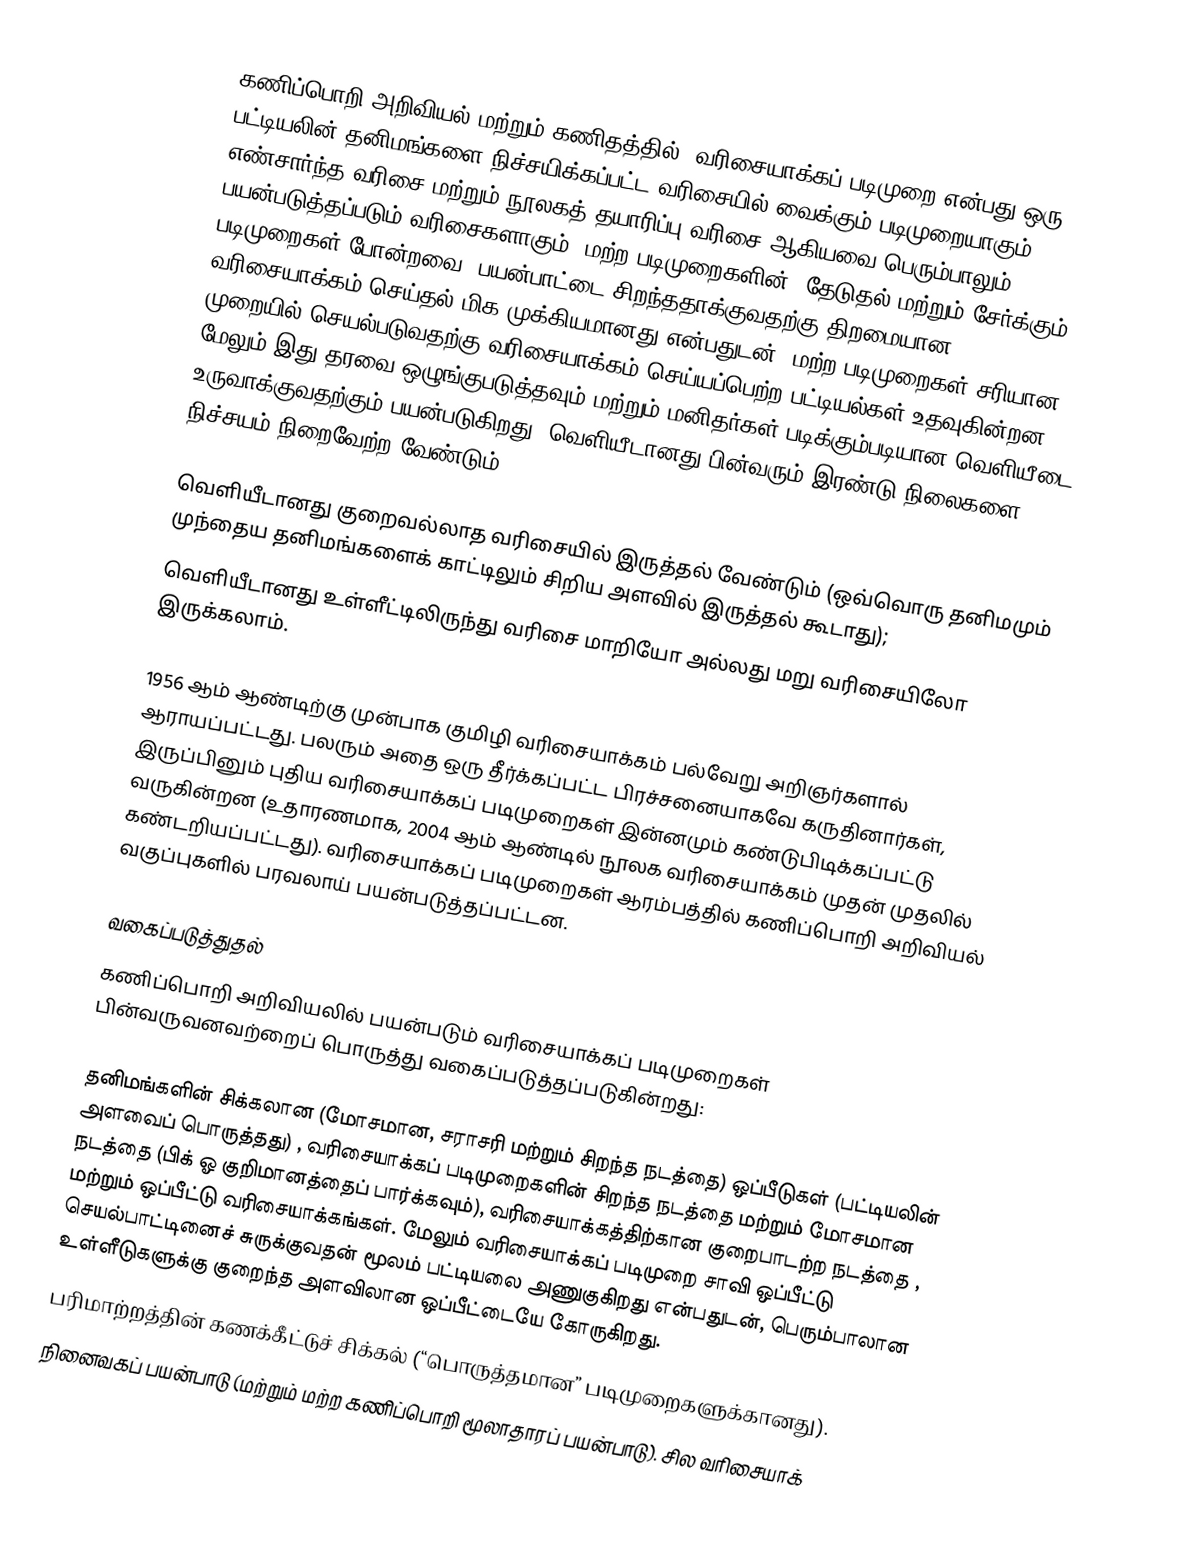
கணிப்பொறி அறிவியல் மற்றும் கணிதத்தில், வரிசையாக்கப் படிமுறை என்பது ஒரு பட்டியலின் தனிமங்களை நிச்சயிக்கப்பட்ட வரிசையில் வைக்கும் படிமுறையாகும். எண்சார்ந்த வரிசை மற்றும் நூலகத் தயாரிப்பு வரிசை ஆகியவை பெரும்பாலும் பயன்படுத்தப்படும் வரிசைகளாகும். மற்ற படிமுறைகளின் (தேடுதல் மற்றும் சேர்க்கும் படிமுறைகள் போன்றவை) பயன்பாட்டை சிறந்ததாக்குவதற்கு திறமையான வரிசையாக்கம் செய்தல் மிக முக்கியமானது என்பதுடன், மற்ற படிமுறைகள் சரியான முறையில் செயல்படுவதற்கு வரிசையாக்கம் செய்யப்பெற்ற பட்டியல்கள் உதவுகின்றன; மேலும் இது தரவை ஒழுங்குபடுத்தவும் மற்றும் மனிதர்கள் படிக்கும்படியான வெளியீடை உருவாக்குவதற்கும் பயன்படுகிறது. வெளியீடானது பின்வரும் இரண்டு நிலைகளை நிச்சயம் நிறைவேற்ற வேண்டும்:

 வெளியீடானது குறைவல்லாத வரிசையில் இருத்தல் வேண்டும் (ஒவ்வொரு தனிமமும் முந்தைய தனிமங்களைக் காட்டிலும் சிறிய அளவில் இருத்தல் கூடாது);
 வெளியீடானது உள்ளீட்டிலிருந்து வரிசை மாறியோ அல்லது மறு வரிசையிலோ இருக்கலாம்.

1956 ஆம் ஆண்டிற்கு முன்பாக குமிழி வரிசையாக்கம் பல்வேறு அறிஞர்களால் ஆராயப்பட்டது. பலரும் அதை ஒரு தீர்க்கப்பட்ட பிரச்சனையாகவே கருதினார்கள், இருப்பினும் புதிய வரிசையாக்கப் படிமுறைகள் இன்னமும் கண்டுபிடிக்கப்பட்டு வருகின்றன (உதாரணமாக, 2004 ஆம் ஆண்டில் நூலக வரிசையாக்கம் முதன் முதலில் கண்டறியப்பட்டது). வரிசையாக்கப் படிமுறைகள் ஆரம்பத்தில் கணிப்பொறி அறிவியல் வகுப்புகளில் பரவலாய் பயன்படுத்தப்பட்டன.

வகைப்படுத்துதல்
கணிப்பொறி அறிவியலில் பயன்படும் வரிசையாக்கப் படிமுறைகள் பின்வருவனவற்றைப் பொருத்து வகைப்படுத்தப்படுகின்றது:

 தனிமங்களின் சிக்கலான (மோசமான, சராசரி மற்றும் சிறந்த நடத்தை) ஒப்பீடுகள் (பட்டியலின் அளவைப் பொருத்தது) , வரிசையாக்கப் படிமுறைகளின் சிறந்த நடத்தை  மற்றும் மோசமான நடத்தை  (பிக் ஓ குறிமானத்தைப் பார்க்கவும்), வரிசையாக்கத்திற்கான குறைபாடற்ற நடத்தை , மற்றும் ஒப்பீட்டு வரிசையாக்கங்கள். மேலும் வரிசையாக்கப் படிமுறை சாவி ஒப்பீட்டு செயல்பாட்டினைச் சுருக்குவதன் மூலம் பட்டியலை அணுகுகிறது என்பதுடன், பெரும்பாலான உள்ளீடுகளுக்கு குறைந்த  அளவிலான ஒப்பீட்டையே கோருகிறது.
 பரிமாற்றத்தின் கணக்கீட்டுச் சிக்கல் (“பொருத்தமான” படிமுறைகளுக்கானது).
 நினைவகப் பயன்பாடு (மற்றும் மற்ற கணிப்பொறி மூலாதாரப் பயன்பாடு). சில வரிசையாக்